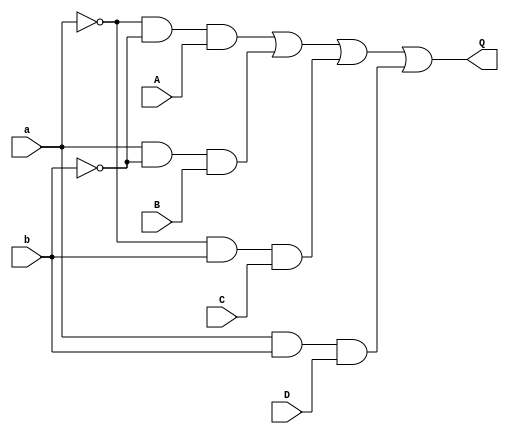
`timescale 1ns / 1ps
//////////////////////////////////////////////////////////////////////////////////
// Company: 
// Engineer: 
// 
// Design Name: 
// Module Name: Four_to_one_Mux_Dataflow
// Project Name: 
// Target Devices: 
// Tool Versions: 
// Description: 
// 
// Dependencies: 
// 
// Revision:
// Revision 0.01 - File Created
// Additional Comments:
// 
//////////////////////////////////////////////////////////////////////////////////


module Four_to_one_Mux_Dataflow(A, B, C, D, a , b, Q);
input A, B, C, D, a, b;
output Q;

//logic equation
assign P1 = ~a & ~b & A;  //bit-wise operators
assign P2 =  a & ~b & B;  //bit-wise operators                                                
assign P3 = ~a &  b & C;  //bit-wise operators
assign P4 =  a &  b & D;  //bit-wise operators
assign Q = P1 | P2 | P3 | P4;

endmodule